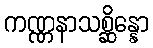
ကဏ္ဏနာသစ္ဆိန္နော